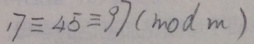
1 7 \equiv 4 5 \equiv 9 7 ( m o d m )